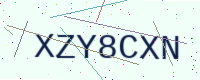
Text: XZY8CXN